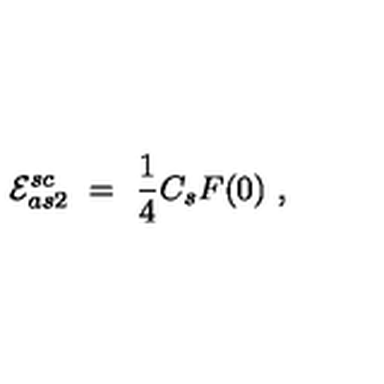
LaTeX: { \cal E } _ { a s 2 } ^ { s c } \ = \ \frac 1 4 C _ { s } F ( 0 ) \ ,